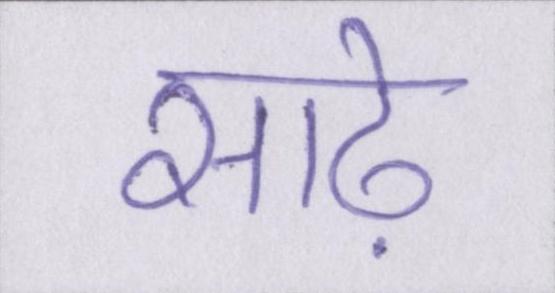
साढ़े